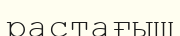
растағыш